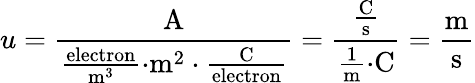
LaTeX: u={\frac{\mathrm{A}}{{\frac{\mathrm{electron}}{{\mathrm{m}}^{3}}}{\cdot}{\mathrm{m}}^{2}\cdot{\frac{\mathrm{C}}{\mathrm{electron}}}}}={\frac{\frac{\mathrm{C}}{\mathrm{s}}}{{\frac{1}{\mathrm{m}}}{\cdot}{\mathrm{C}}}}={\frac{\mathrm{m}}{\mathrm{s}}}